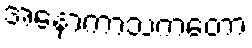
အနောကာသကတော